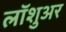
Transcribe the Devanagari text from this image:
लॉशुअर